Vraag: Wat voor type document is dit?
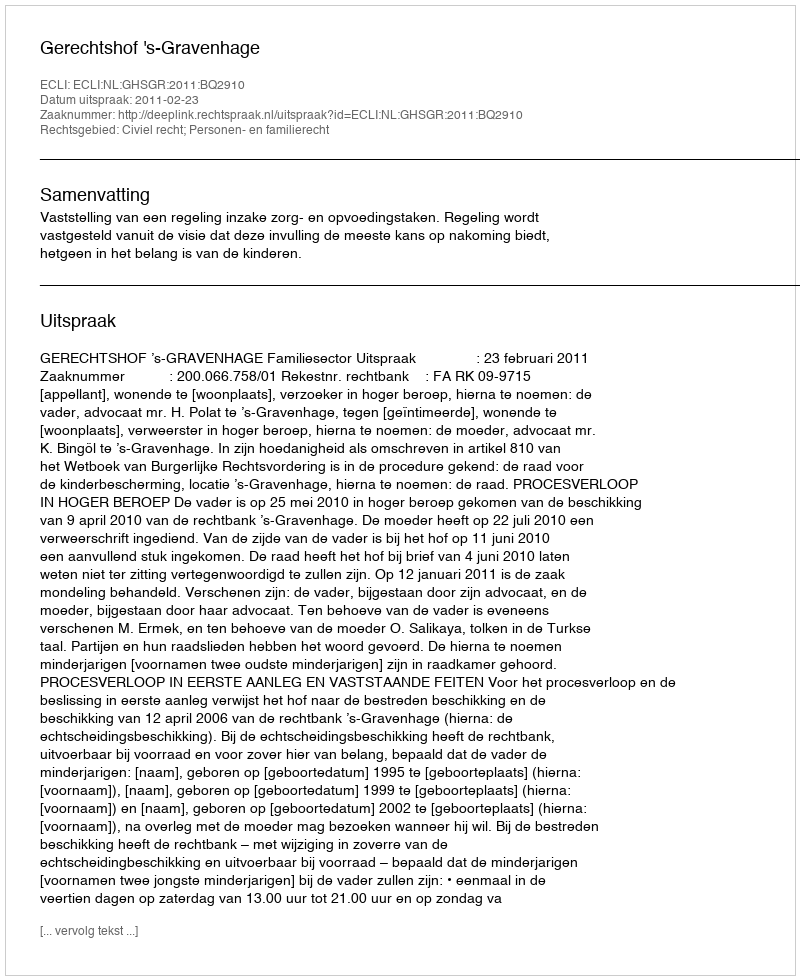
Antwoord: Uitspraak